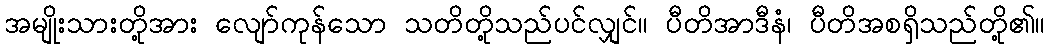
အမျိုးသားတို့အား လျော်ကုန်သော သတိတို့သည်ပင်လျှင်။ ပီတိအာဒီနံ၊ ပီတိအစရှိသည်တို့၏။